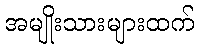
အမျိုးသားများထက်